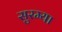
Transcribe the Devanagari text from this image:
सुरम्या